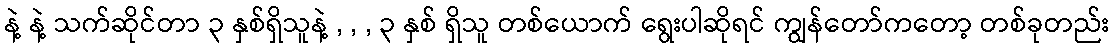
နဲ့ နဲ့ သက်ဆိုင်တာ ၃ နှစ်ရှိသူနဲ့ , , , ၃ နှစ် ရှိသူ တစ်ယောက် ရွေးပါဆိုရင် ကျွန်တော်ကတော့ တစ်ခုတည်း